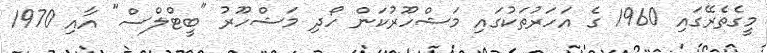
މީގެތެރޭގައި 1960 ގެ އަހަރުތަކުގައި މަޝްހޫރުކަން ހޯދިި މަޝްހޫރު "ބީޓްލްސް" އާއި 1970